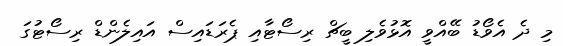
މި ދެ އެވޯޑު ބޭއްވީ އޮޅުވެލި ބީޗް ރިސޯޓާއި ޕެރަޑައިސް އައިލެންޑް ރިސޯޓުގަ